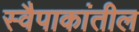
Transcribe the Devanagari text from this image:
स्वैपाकांतील